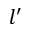
l ^ { \prime }